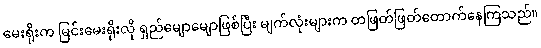
မေးရိုးက မြင်းမေးရိုးလို ရှည်မျောမျောဖြစ်ပြီး မျက်လုံးများက တဖြတ်ဖြတ်တောက်နေကြသည်။